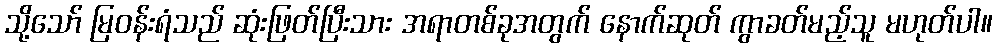
သို့သော် မြဝန်းရံသည် ဆုံးဖြတ်ပြီးသား အရာတစ်ခုအတွက် နောက်ဆုတ် ကွာခတ်မည့်သူ မဟုတ်ပါ။